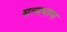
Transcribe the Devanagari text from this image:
सत्सभामा